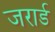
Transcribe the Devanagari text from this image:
जरार्ड